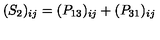
( S _ { 2 } ) _ { i j } = ( P _ { 1 3 } ) _ { i j } + ( P _ { 3 1 } ) _ { i j }